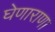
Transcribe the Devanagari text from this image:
घेणाराणा